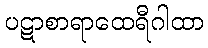
ပဋာစာရာထေရီဂါထာ